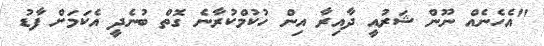
"އެހެނެއް ނޫން ޝަރުއީ ދާއިރާ އިން ހުކުމްކުރާނެ ގޮތް ބުނެދީ އެކަމަށް ފާޑު